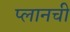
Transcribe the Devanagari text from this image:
प्लानची